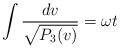
LaTeX: \begin{align*}\int \frac{dv}{\sqrt{P_3(v)}}= \omega t \end{align*}